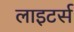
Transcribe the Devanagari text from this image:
लाइटर्स